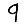
Digit: 9